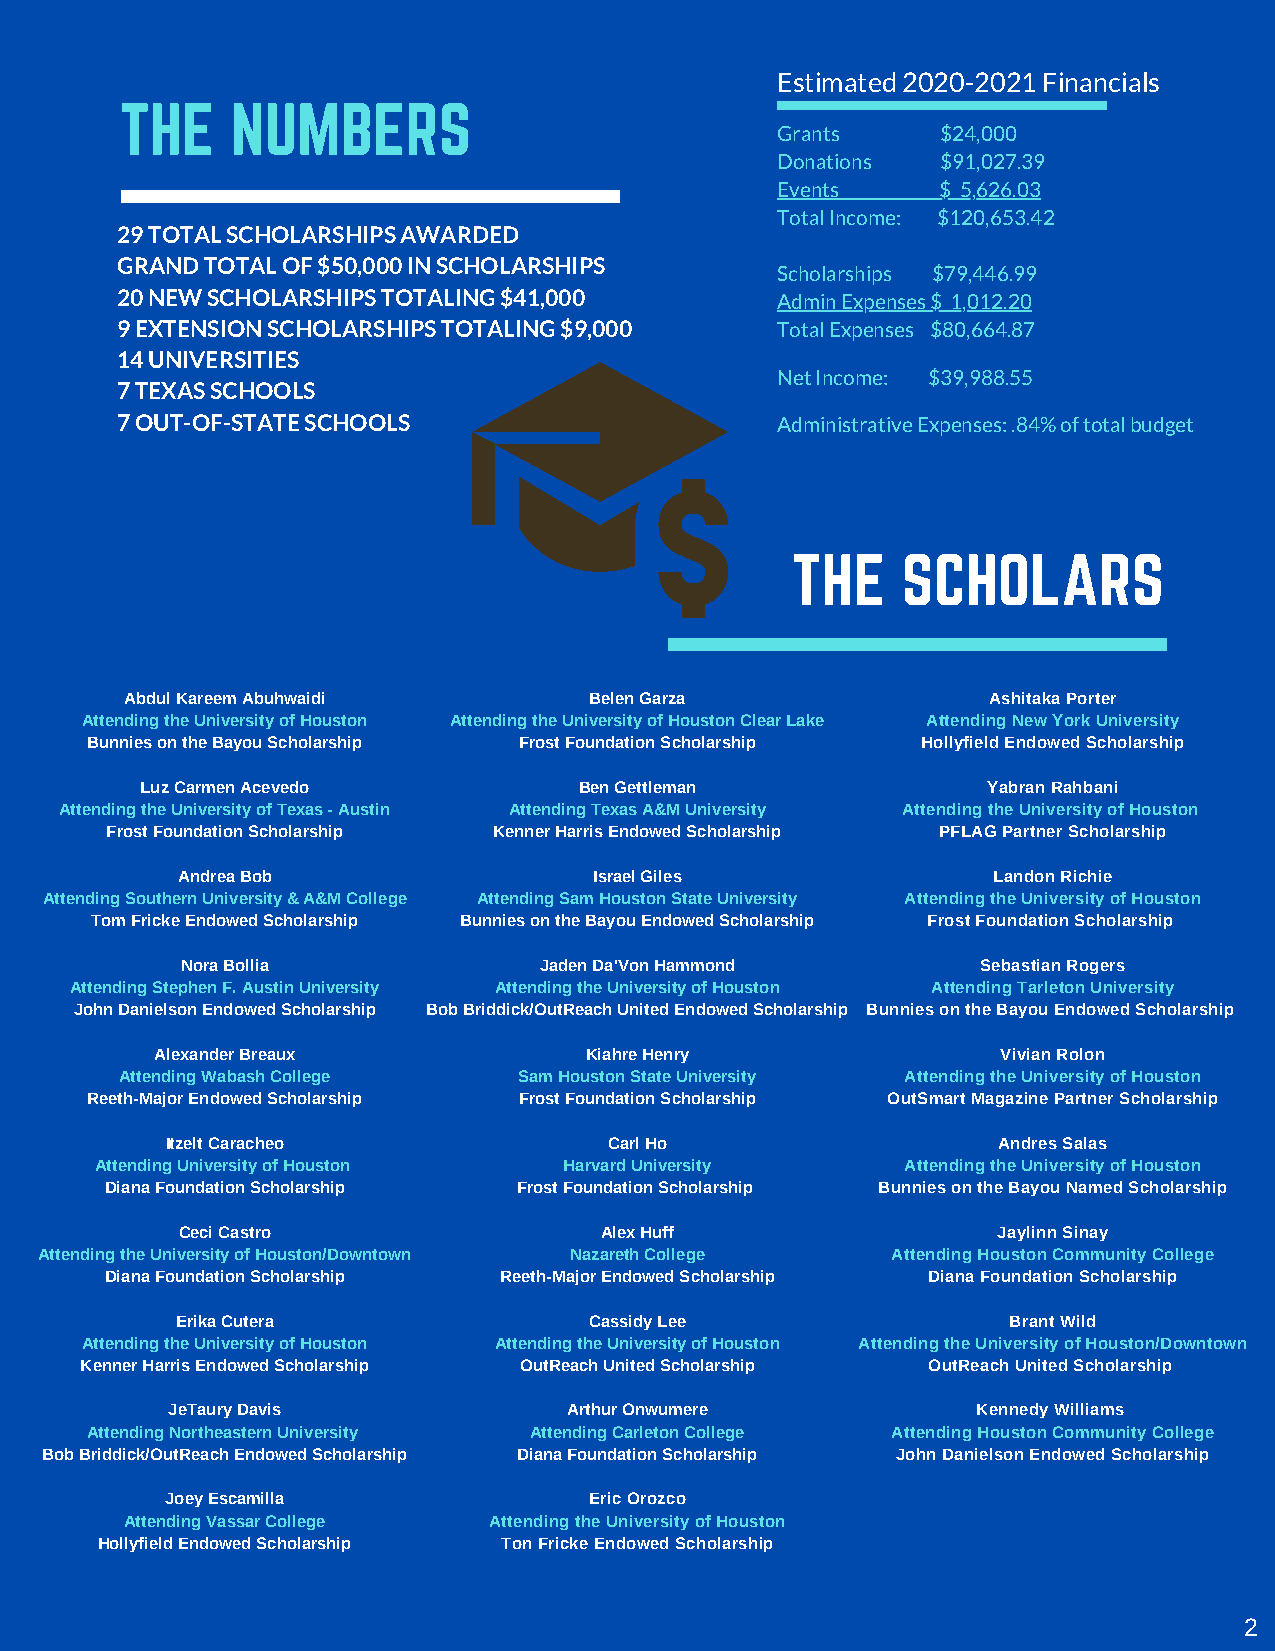
Estimated 2020-2021 Financials
 THE    NUMBERS
 Grants     $24,000
 Donations  $91,027.39
 Events     $ 5,626.03
 Total Income: $120,653.42
 29 TOTAL SCHOLARSHIPS AWARDED
 GRAND TOTAL OF $50,000 IN SCHOLARSHIPS
 Scholarships $79,446.99
 20 NEW SCHOLARSHIPS TOTALING $41,000       Admin Expenses $ 1,012.20
 9 EXTENSION SCHOLARSHIPS TOTALING $9,000   Total Expenses $80,664.87
 14 UNIVERSITIES
 Net Income: $39,988.55
 7 TEXAS SCHOOLS
 7 OUT-OF-STATE SCHOOLS                     Administrative Expenses: .84% of total budget
 THE     SCHOLARS
 Abdul Kareem Abuhwaidi         Belen Garza               Ashitaka Porter
 Attending the University of Houston Attending the University of Houston Clear Lake Attending New York University
 Bunnies on the Bayou Scholarship Frost Foundation Scholarship Hollyfield Endowed Scholarship
 Luz Carmen Acevedo           Ben Gettleman              Yabran Rahbani
 Attending the University of Texas - Austin Attending Texas A&M University Attending the University of Houston
 Frost Foundation Scholarship Kenner Harris Endowed Scholarship PFLAG Partner Scholarship
 Andrea Bob                 Israel Giles               Landon Richie
 Attending Southern University & A&M College Attending Sam Houston State University Attending the University of Houston
 Tom Fricke Endowed Scholarship Bunnies on the Bayou Endowed Scholarship Frost Foundation Scholarship
 Nora Bollia             Jaden Da'Von Hammond         Sebastian Rogers
 Attending Stephen F. Austin University Attending the University of Houston Attending Tarleton University
 John Danielson Endowed Scholarship Bob Briddick/OutReach United Endowed Scholarship Bunnies on the Bayou Endowed Scholarship
 Alexander Breaux             Kiahre Henry               Vivian Rolon
 Attending Wabash College  Sam Houston State University Attending the University of Houston
 Reeth-Major Endowed Scholarship Frost Foundation Scholarship OutSmart Magazine Partner Scholarship
 Itzelt Caracheo              Carl Ho                   Andres Salas
 Attending University of Houston Harvard University    Attending the University of Houston
 Diana Foundation Scholarship Frost Foundation Scholarship Bunnies on the Bayou Named Scholarship
 Ceci Castro                 Alex Huff                 Jaylinn Sinay
 Attending the University of Houston/Downtown Nazareth College Attending Houston Community College
 Diana Foundation Scholarship Reeth-Major Endowed Scholarship Diana Foundation Scholarship
 Erika Cutera               Cassidy Lee                 Brant Wild
 Attending the University of Houston Attending the University of Houston Attending the University of Houston/Downtown
 Kenner Harris Endowed Scholarship OutReach United Scholarship OutReach United Scholarship
 JeTaury Davis              Arthur Onwumere            Kennedy Williams
 Attending Northeastern University Attending Carleton College Attending Houston Community College
 Bob Briddick/OutReach Endowed Scholarship Diana Foundation Scholarship John Danielson Endowed Scholarship
 Joey Escamilla              Eric Orozco
 Attending Vassar College Attending the University of Houston
 Hollyfield Endowed Scholarship Ton Fricke Endowed Scholarship
 2